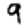
Digit: 9